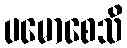
ပမောစေသိ